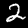
Digit: 2